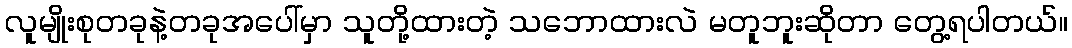
လူမျိုးစုတခုနဲ့တခုအပေါ်မှာ သူတို့ထားတဲ့ သဘောထားလဲ မတူဘူးဆိုတာ တွေ့ရပါတယ်။